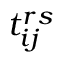
t _ { i j } ^ { r s }